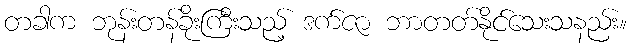
တခါက ဘုန်းတန်ခိုးကြီးသည့် ဒက်ဇာ ဘာတတ်နိုင်သေးသနည်း။